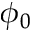
\phi _ { 0 }